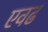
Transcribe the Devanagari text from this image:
एवढ